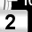
Digit: 2